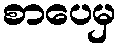
စာပေမှ